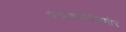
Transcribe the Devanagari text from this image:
पत्रकारांसमोर